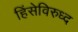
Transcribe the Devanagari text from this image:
हिंसेविरुध्द